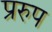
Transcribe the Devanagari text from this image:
प्ररुप